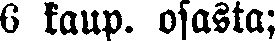
6 kaup. osasta;